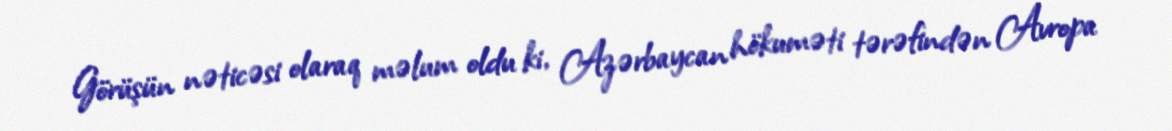
Görüşün nəticəsi olaraq məlum oldu ki, Azərbaycan hökuməti tərəfindən Avropa